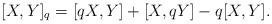
LaTeX: \begin{align*}[X,Y]_q=[qX,Y]+[X,qY]-q[X,Y].\end{align*}